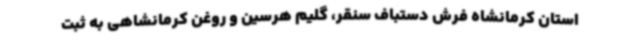
استان کرمانشاه فرش دستباف سنقر، گلیم هرسین و روغن کرمانشاهی به ثبت